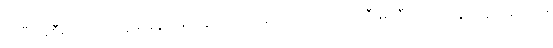
အပြီးအစီး ကောင်းသူများနှင့် သေနတ်သမားများကတော့ သဲကြီးမဲကြီး လိုက်နေကြသေးသည်။